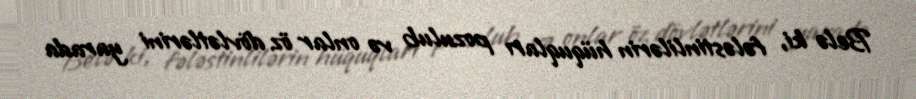
Belə ki, fələstinlilərin hüquqları pozulub və onlar öz dövlətlərini yarada